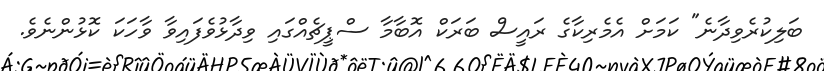
ބަލިކުރެވިދާނެ" ކަމަށް އެމެރިކާގެ ރައީސް ބަރަކް އޮބާމާ ސްޕީޗެއްގައި ވިދާޅުވެފައިވާ ވާހަކަ ކޮޅުންނެވެ.